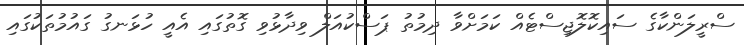
ސްރީލަންކާގެ ސައިކޮލޮޖިސްޓެއް ކަމަށްވާ ދިމުތު ޕަސްކުއަލް ވިދާޅުވި ގޮތުގައި އެއީ ހުޅަނގު ގައުމުތަކުގައި